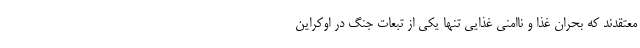
معتقدند که بحران غذا و ناامنی غذایی تنها یکی از تبعات جنگ در اوکراین